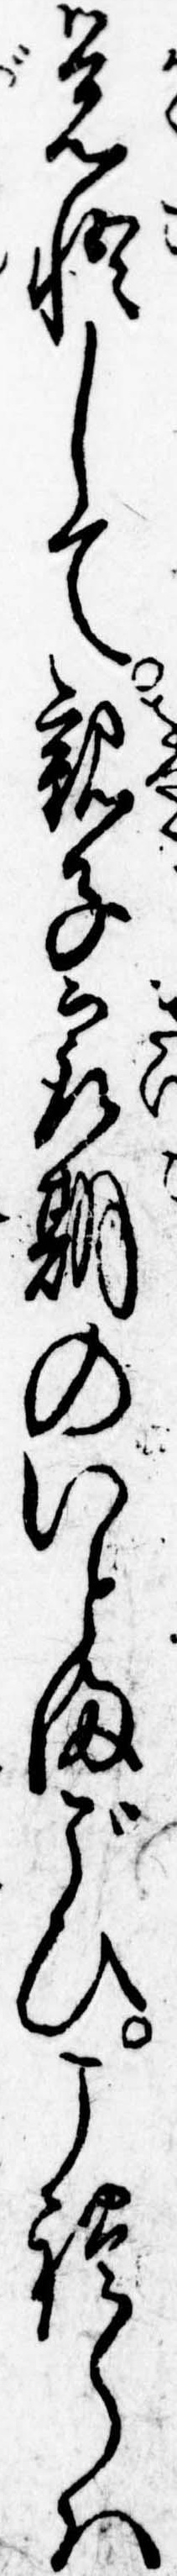
覚悟して親子最期のいとまごひこれらは